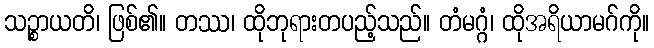
သဉ္စာယတိ၊ ဖြစ်၏။ တဿ၊ ထိုဘုရားတပည့်သည်။ တံမဂ္ဂံ၊ ထိုအရိယာမဂ်ကို။